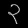
Digit: ၃